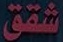
شقق